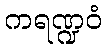
ကရဏ္ဍဝံ